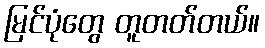
မြင်ပုံတွေ တူတတ်တယ်။